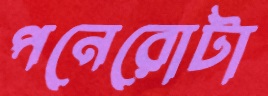
পনেরোটা